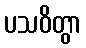
ပသဝိတွာ